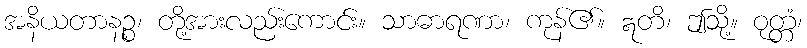
အနိယတာနဉ္စ၊ တို့အားလည်းကောင်း။ သာဓာရဏာ၊ ကုန်၏။ ဣတိ၊ ဤသို့။ ဝုတ္တံ၊